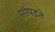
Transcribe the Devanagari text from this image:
सांपडते